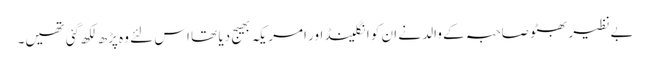
بےنظیر بھٹو صاحبہ کے والد نے ان کو انگلینڈ اور امریکہ بھیج دیا تھا اس لئے وہ پڑھ لکھ گئی تھیں۔